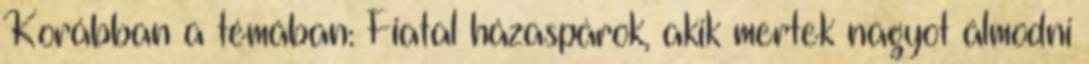
Korábban a témában: Fiatal házaspárok, akik mertek nagyot álmodni